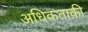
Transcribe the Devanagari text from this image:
अधिकताकी